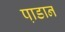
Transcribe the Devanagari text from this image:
पा़डान